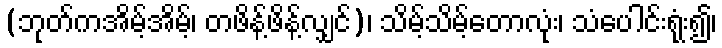
(ဘုတ်ကအိမ့်အိမ့်၊ တဖိန့်ဖိန့်လျှင်)၊ သိမ့်သိမ့်တောလုံး၊ သံပေါင်းရုံး၍၊